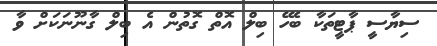
ސިޔާސީ ޕާޓީތަކާ ބެހޭ ބިލް އޮތް ގޮތުން އެ ބިލް ގާނޫނަކަށް ވާ